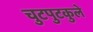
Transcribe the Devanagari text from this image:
चुटपुटकुले